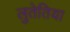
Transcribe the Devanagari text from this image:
लुतेतिया